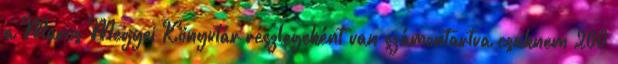
a Maros Megyei Könyvtár részlegeként van számontartva csaknem 200